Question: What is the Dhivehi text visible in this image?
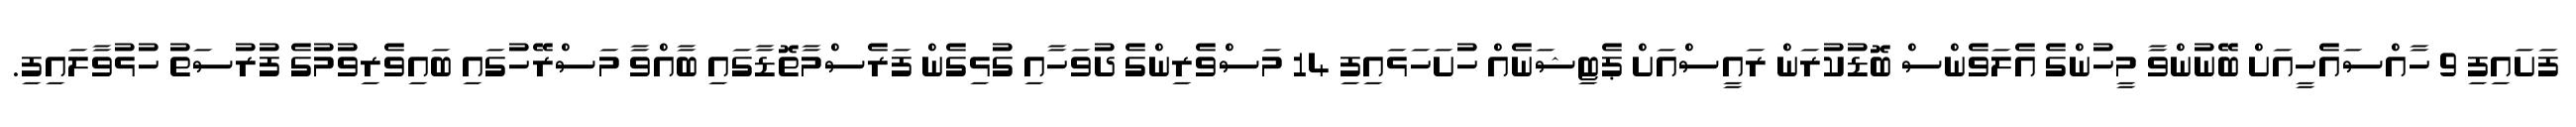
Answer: ފަށައިފި 9 ހާއްސައެހީއަށް ބޭނުންވާ މީހުންގެ އެލަވެންސް ބޮޑުކުރަން ރައީސްއަށް ޕެޓިޝަނެއް ހުށަހަޅައިފި 14 މަސްވެރިންގެ ދުވަހާއި ގުޅިގެން ފަރެސްމާތޮޑާގައި ބާއްވާ މަސްރޭހުގައި ބައިވެރިވުމުގެ ފުރުސަތު ހުޅުވާލައިފި.